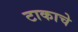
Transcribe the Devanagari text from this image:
टाकाचे